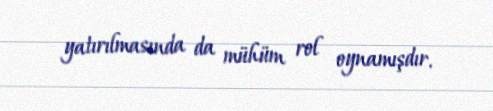
yatırılmasında da mühüm rol oynamışdır.